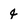
Character: 4